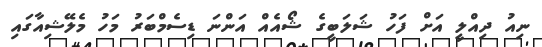
ނިއު ދިއްލީ އަށް ފަހު ޝަލަބީގެ ޝޯއެއް އަންނަ ޑިސެމްބަރު މަހު މެލޭޝިއާގައި